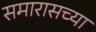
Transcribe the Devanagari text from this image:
समारासच्या